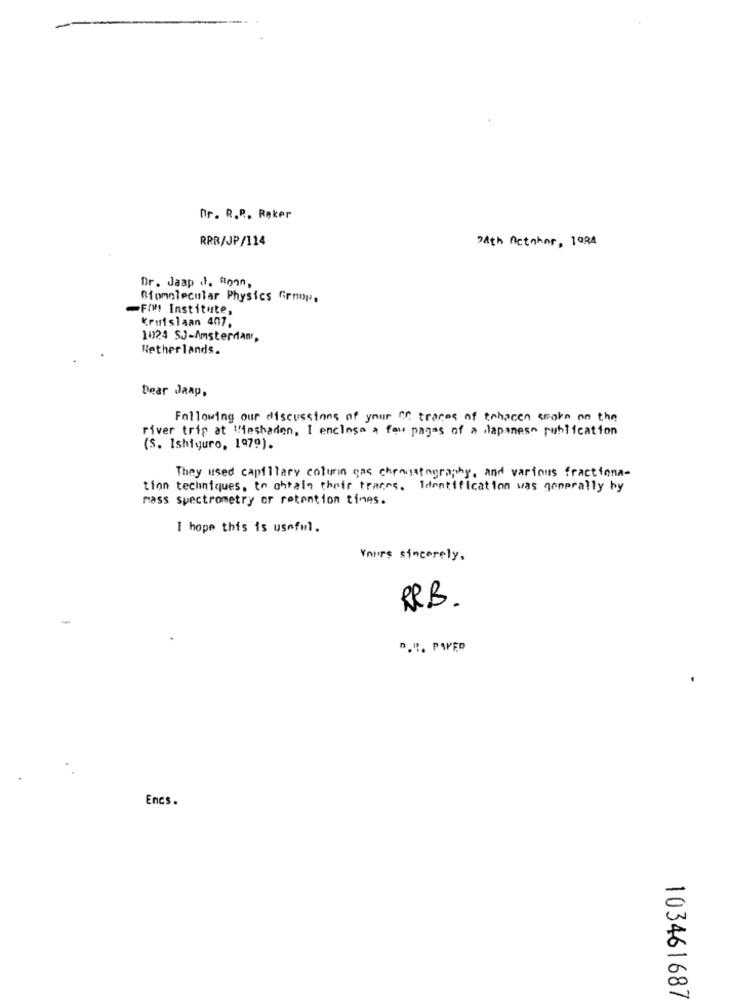
Dr. R.R. Røker
RRR/JP/114
24th netahar, 1ORA
Dr. Jaap .l. Ronn.
Biomolecular Physics Grnop.
-FIM! Institute,
Kruislaan 407.
1024 SJ-Amsterdam,
Netherlands.
Dear Jaap,
Following our discussions of your or traces of tehacen smoke on the
river trip at Wiesbaden, I enclose a few pages of a Japanese publication
(S. Ishiguro, 1979).
They used capillary column gas cheogatography, and various fractiona-
tion techniques, to obtain their traces. Identification was generally by
mass spectrometry or retention times.
I hope this is useful.
Yours sincerely,
RRB.
D.R. PAPED
Encs.
103461687